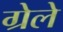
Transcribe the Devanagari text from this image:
ग्रेले